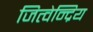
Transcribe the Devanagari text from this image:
जित्वेन्द्रिय